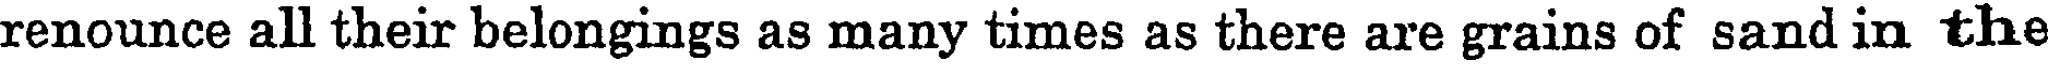
renounce all their belongings as many times as there are grains of sand in the